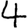
Digit: 4